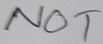
Text: NOT